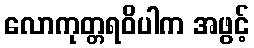
လောကုတ္တရဝိပါက အဖွင့်